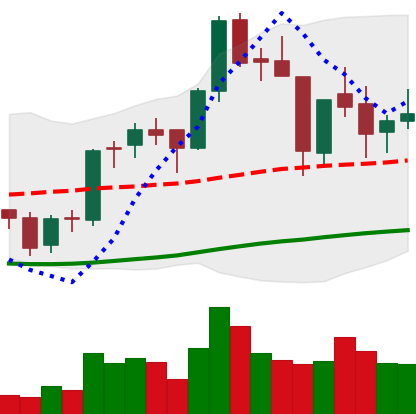
Ticker: BNB-USD
Chart end date: 2018-06-15
Forward return: 6.737%
Label: up_5_7